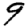
Digit: 9